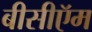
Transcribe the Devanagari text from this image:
बीसीऍम